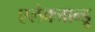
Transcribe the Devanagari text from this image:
एलेक्जान्ड्रु